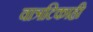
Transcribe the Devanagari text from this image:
वात्रटिकाही